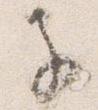
子